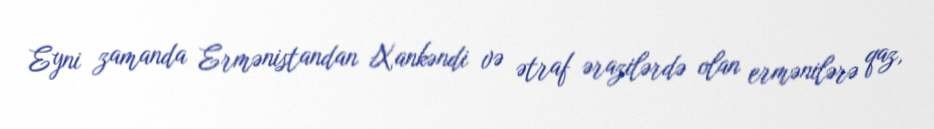
Eyni zamanda Ermənistandan Xankəndi və ətraf ərazilərdə olan ermənilərə qaz,